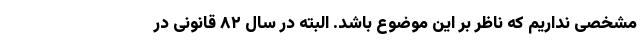
مشخصی نداریم که ناظر بر این موضوع باشد. البته در سال ۸۲ قانونی در